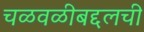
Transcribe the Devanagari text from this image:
चळवळीबद्दलची